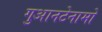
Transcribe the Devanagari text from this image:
गुआनटेनामो